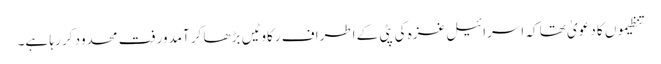
تنظیموں کا دعویٰ تھا کہ اسرائیل غزہ کی پٹی کے اطراف رکاوٹیں بڑھا کر آمدورفت محدود کر رہا ہے۔